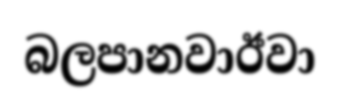
බලපානවාඊවා